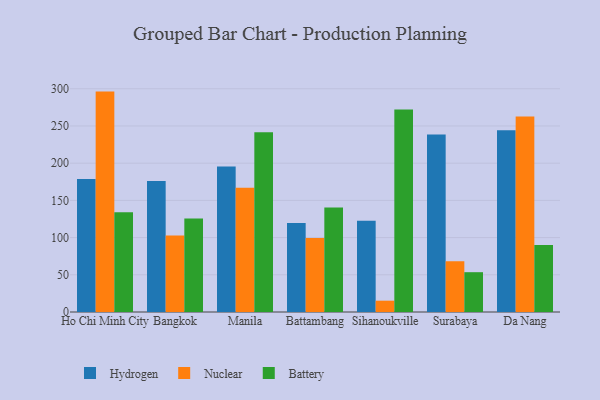
{"axis": {"x": "City", "y": "Temperature (°C)"}, "legend": ["Battery", "Hydrogen", "Nuclear"], "data": [{"x": "Ho Chi Minh City", "y": 178.6, "type": "Hydrogen"}, {"x": "Ho Chi Minh City", "y": 296.2, "type": "Nuclear"}, {"x": "Ho Chi Minh City", "y": 134.2, "type": "Battery"}, {"x": "Bangkok", "y": 176.0, "type": "Hydrogen"}, {"x": "Bangkok", "y": 102.9, "type": "Nuclear"}, {"x": "Bangkok", "y": 125.6, "type": "Battery"}, {"x": "Manila", "y": 195.5, "type": "Hydrogen"}, {"x": "Manila", "y": 167.1, "type": "Nuclear"}, {"x": "Manila", "y": 241.6, "type": "Battery"}, {"x": "Battambang", "y": 119.6, "type": "Hydrogen"}, {"x": "Battambang", "y": 99.6, "type": "Nuclear"}, {"x": "Battambang", "y": 140.6, "type": "Battery"}, {"x": "Sihanoukville", "y": 122.6, "type": "Hydrogen"}, {"x": "Sihanoukville", "y": 15.2, "type": "Nuclear"}, {"x": "Sihanoukville", "y": 272.2, "type": "Battery"}, {"x": "Surabaya", "y": 238.5, "type": "Hydrogen"}, {"x": "Surabaya", "y": 68.2, "type": "Nuclear"}, {"x": "Surabaya", "y": 53.5, "type": "Battery"}, {"x": "Da Nang", "y": 244.3, "type": "Hydrogen"}, {"x": "Da Nang", "y": 262.8, "type": "Nuclear"}, {"x": "Da Nang", "y": 90.1, "type": "Battery"}]}